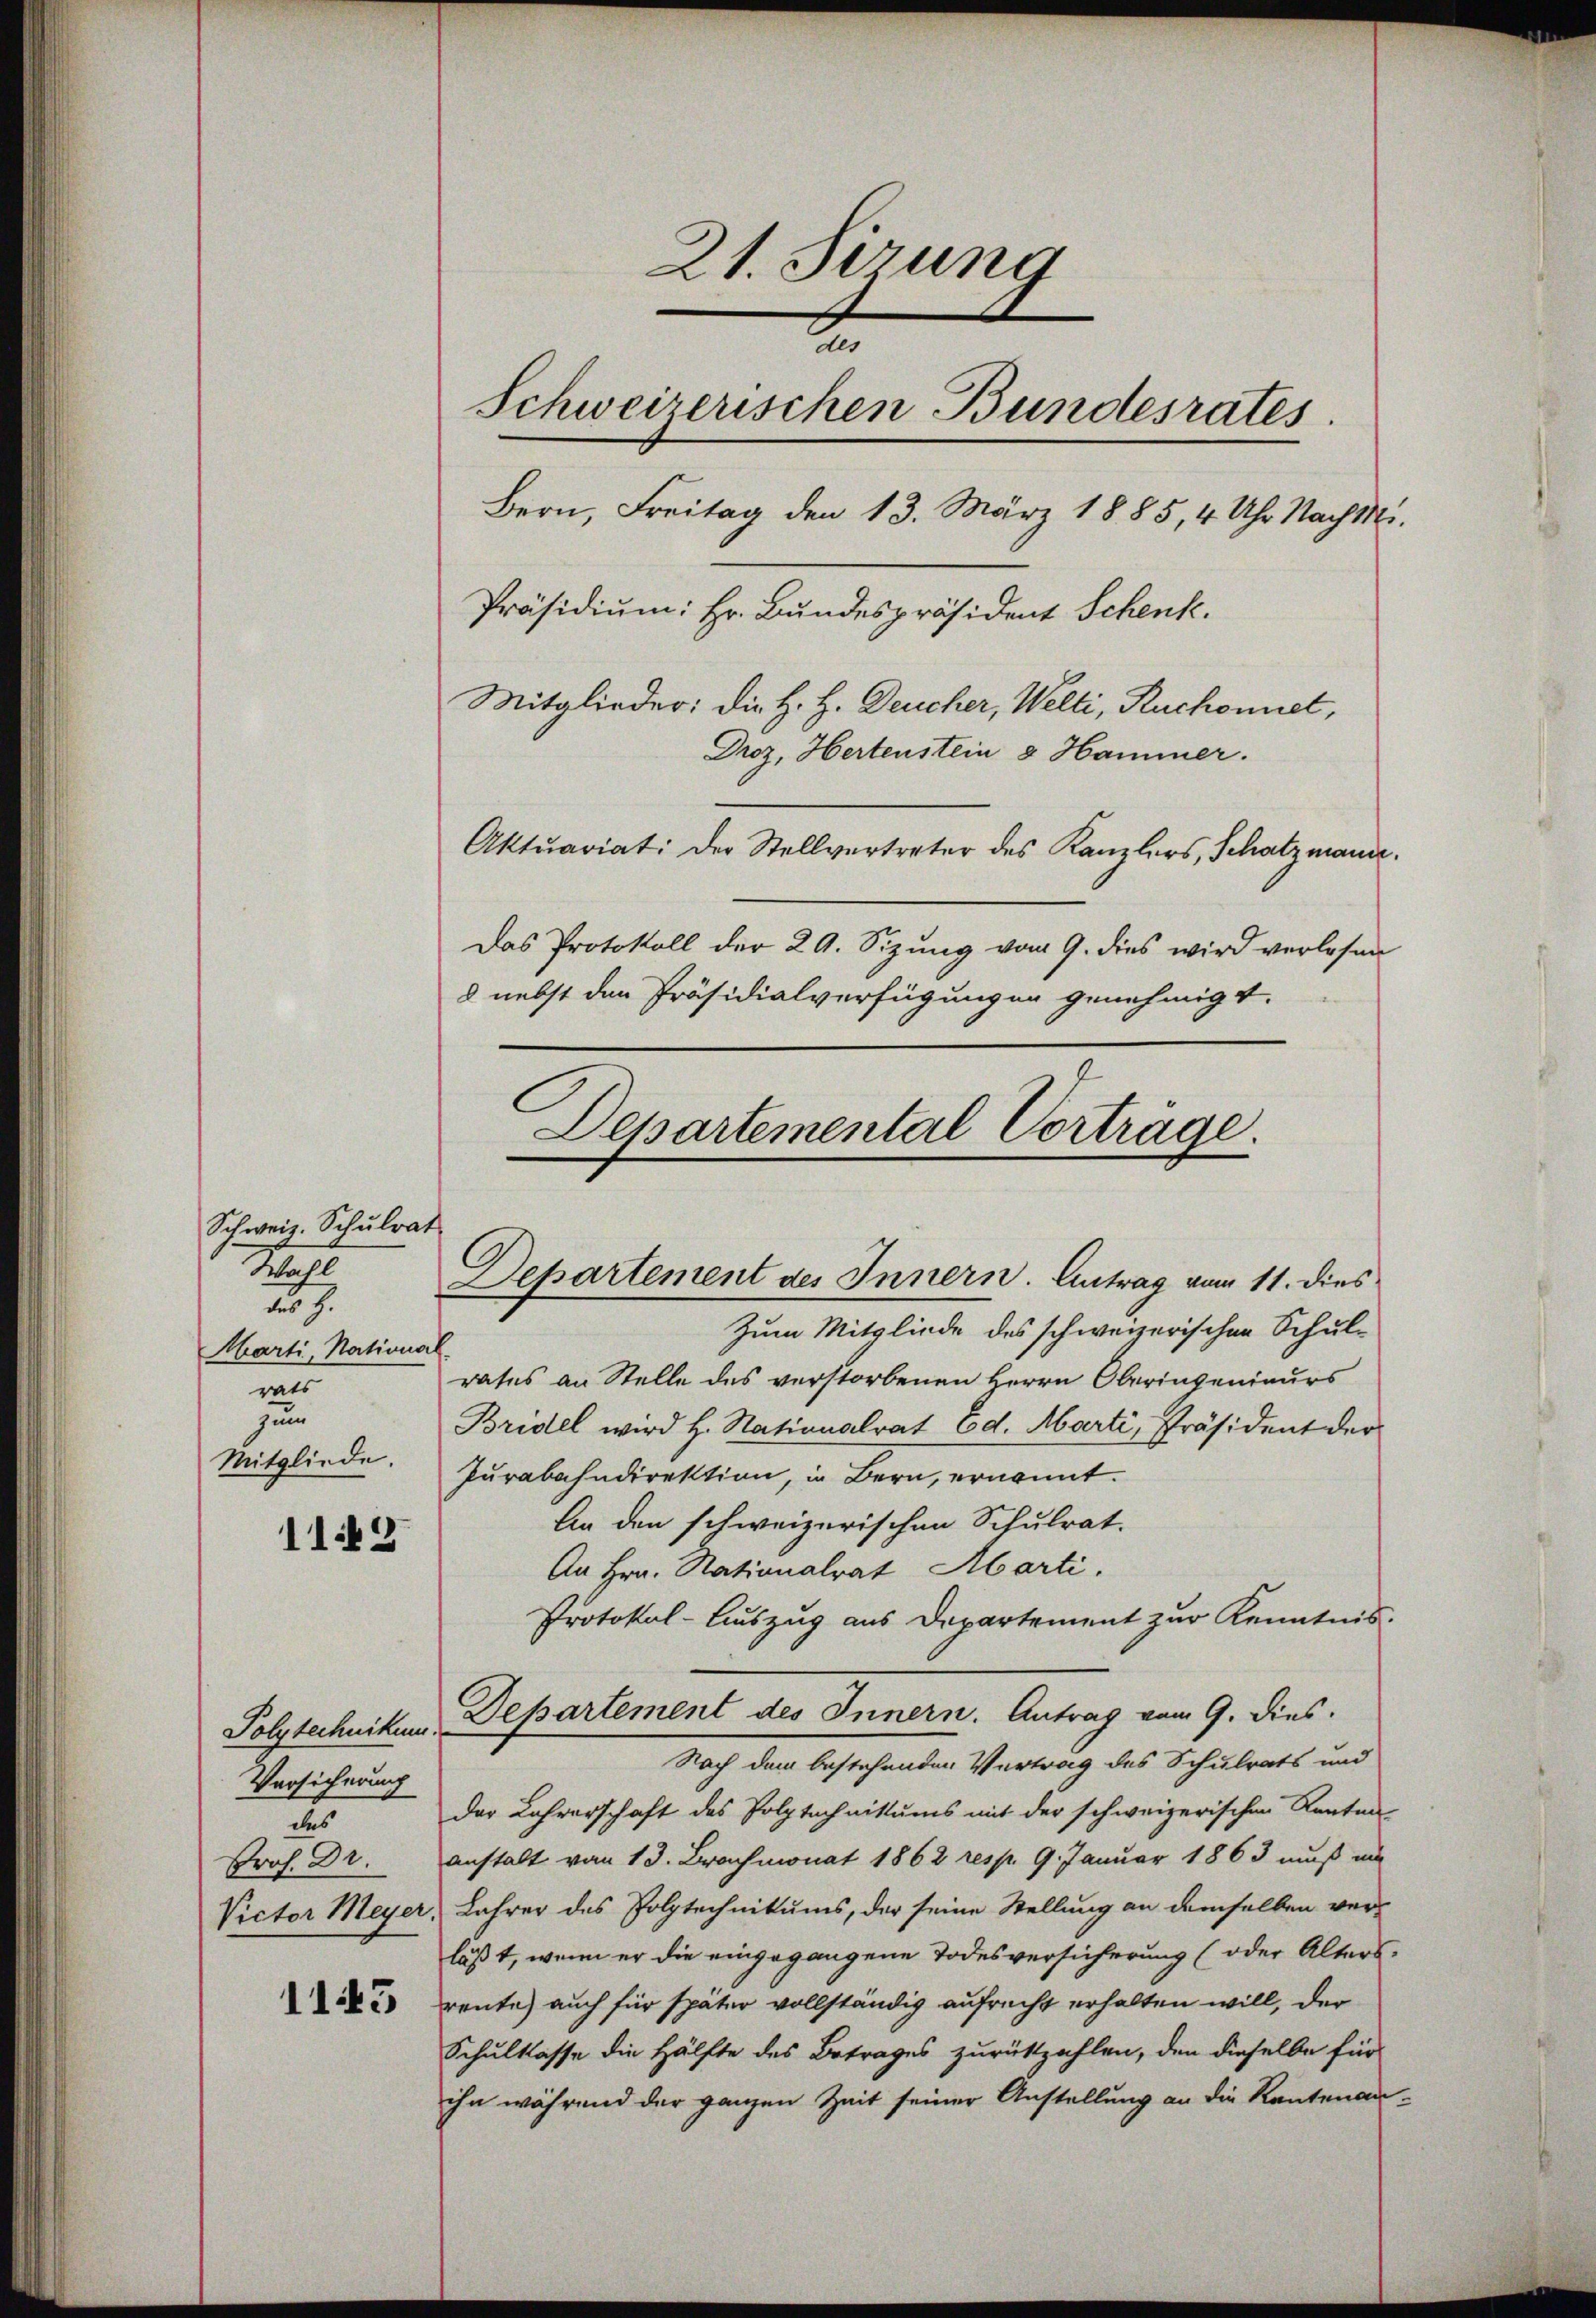
Schweiz. Schulra
p
257.
Marti, Nations
rats
zun
Mitgliede.

1142

Polytechnikum.
Versicherung
des
Prof. Dr.

1145

21. Sirung
Schweizerischen Bundesrates
Bern, Freitag den 13. März 1885, 4 Uhr Nach M.
Präsidium: Hr. Bundespräsident Schenk.
Mitglieder: die H. H. Deucher, Welti, Ruchonnet,
Droz, Hertenstein & Hammer.
Aktuariat: Der Stellvertreter des Kanzlers, Schatzmann.
Das Protokoll der 29. Sizung vom 9. dies wird verlesen
8 nebst den Präsidialverfügungen genehmigt.
a

Departemental Vorträge.
t
Departement des Innern. Antrag vom 11. dies

Zum Mitgliede des schweizerischen Schul-
f
rates an Stelle des verstorbenen Herrn Oberingenieurs
Bridel wird H. Nationalrat Ed. Marti, Präsident der
Purabahndirektion, in Bern, ernannt.
An den schweizerischen Schulrat.
An Hrn. Nationalrat Marti.
Protokol-Auszug aus Departement zur Kenntnis.
Departement des Innern. Antrag vom 9. dies
Nach dem bestehenden Vertrag des Schulrats und
der Lehrerschaft des Polytechnikums mit der schweizerischen Renten
anstalt vom 13. Brachmonat 1862 resp. 9. Januar 1863 muß im
Victor Meyer, Lahrer des Polytechnikums, der seine Stellung an demselben ver-
läßt, wenn er die eingegangene Todesversicherung (oder Alters.
reute auch für später vollständig aufrecht erhalten will, der
Schulkasse die Hälfte des Betrages zurückzahlen, den dieselbe für
ihn während der ganzen Zeit seiner Anstellung an die Rautenan¬

.